Civil Veterinary Dept. Bombay admin report 1923-31 - 1923-1931
Year: 1923
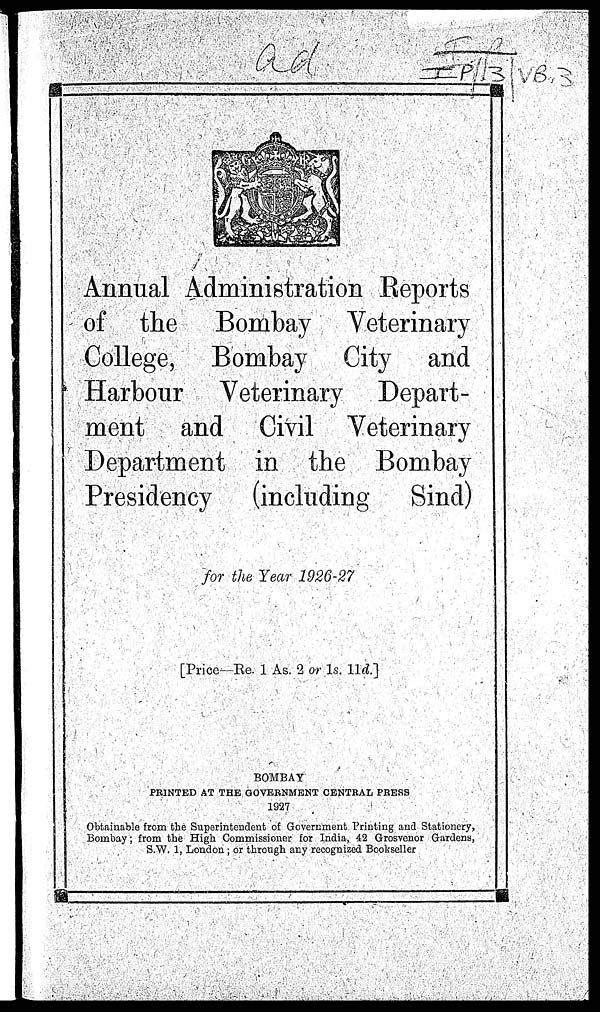
Annual Administration Reports
of the Bombay Veterinary
College, Bombay City and
Harbour Veterinary Depart-
ment and Civil Veterinary
Department in the Bombay
Presidency
(including
Sind)
for the Year 1926-27
[Price—Re. 1 As. 2 or 1s. 11d.]
BOMBAY
PRINTED AT THE GOVERNMENT CENTRAL PRESS
1927
Obtainable from the Superintendent of Government Printing and Stationery,
Bombay; from the High Commissioner for India, 42 Grosvenor Gardens,
S.W. 1, London ; or through any recognized Bookseller